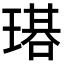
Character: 𤨃